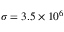
\sigma = 3 . 5 \times 1 0 ^ { 6 }